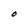
Character: O